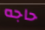
حاجه